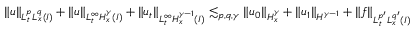
\| u \| _ { L _ { t } ^ { p } L _ { x } ^ { q } ( I ) } + \| u \| _ { L _ { t } ^ { \infty } H _ { x } ^ { \gamma } ( I ) } + \| u _ { t } \| _ { L _ { t } ^ { \infty } H _ { x } ^ { \gamma - 1 } ( I ) } \lesssim _ { p , q , \gamma } \| u _ { 0 } \| _ { H _ { x } ^ { \gamma } } + \| u _ { 1 } \| _ { H ^ { \gamma - 1 } } + \| f \| _ { L _ { t } ^ { p ^ { \prime } } L _ { x } ^ { q ^ { \prime } } ( I ) }